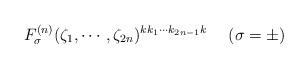
LaTeX: \begin{align*}F_\sigma^{(n)}(\zeta_1 , \cdots , \zeta_{2n})^{kk_1 \cdots k_{2n-1}k} ~~~~ (\sigma =\pm)\end{align*}